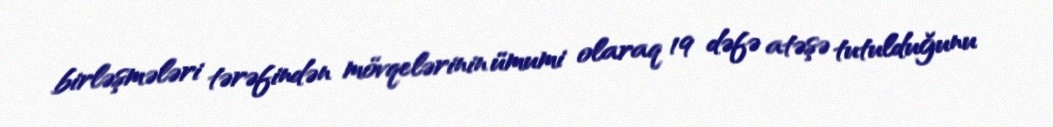
birləşmələri tərəfindən mövqelərinin ümumi olaraq 19 dəfə atəşə tutulduğunu